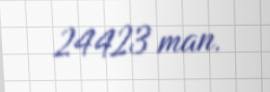
24423 man.